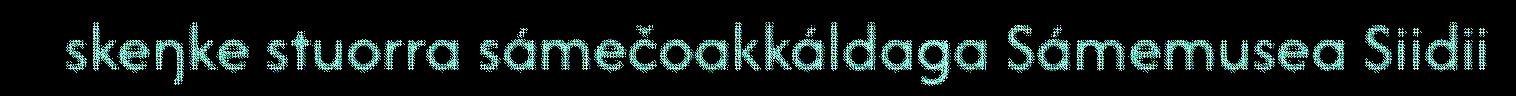
skeŋke stuorra sámečoakkáldaga Sámemusea Siidii